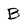
Character: B